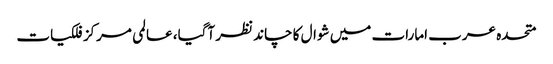
متحدہ عرب امارات میں شوال کا چاند نظر آگیا، ‌عالمی مرکز فلکیات